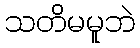
သတိမမူဘဲ